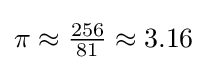
\pi \approx {\tfrac {256}{81}}\approx 3.16